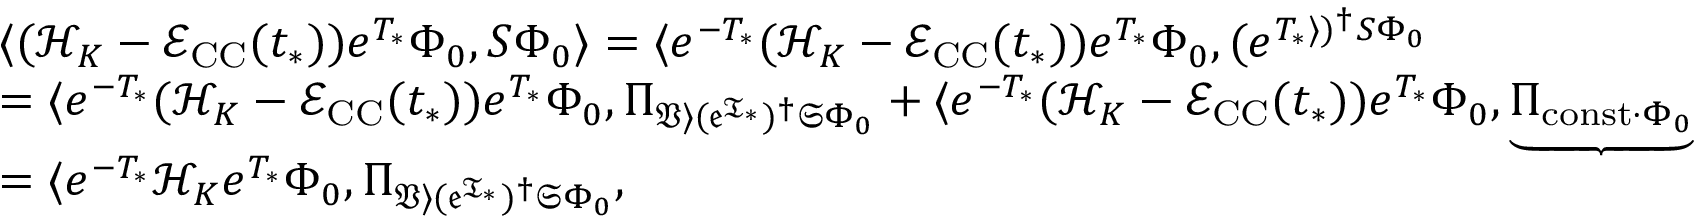
\begin{array} { r l } & { \langle ( \mathcal { H } _ { K } - \mathcal { E } _ { \mathrm { C C } } ( t _ { * } ) ) e ^ { T _ { * } } \Phi _ { 0 } , S \Phi _ { 0 } \rangle = \langle e ^ { - T _ { * } } ( \mathcal { H } _ { K } - \mathcal { E } _ { \mathrm { C C } } ( t _ { * } ) ) e ^ { T _ { * } } \Phi _ { 0 } , ( e ^ { T _ { * } \rangle ) ^ { \dag } S \Phi _ { 0 } } } \\ & { = \langle e ^ { - T _ { * } } ( \mathcal { H } _ { K } - \mathcal { E } _ { \mathrm { C C } } ( t _ { * } ) ) e ^ { T _ { * } } \Phi _ { 0 } , \Pi _ { \mathfrak { V \rangle ( e ^ { T _ { * } } ) ^ { \dag } S \Phi _ { 0 } } } + \langle e ^ { - T _ { * } } ( \mathcal { H } _ { K } - \mathcal { E } _ { \mathrm { C C } } ( t _ { * } ) ) e ^ { T _ { * } } \Phi _ { 0 } , \underbrace { \Pi _ { \mathrm { c o n s t } \cdot \Phi _ { 0 } } } } \\ & { = \langle e ^ { - T _ { * } } \mathcal { H } _ { K } e ^ { T _ { * } } \Phi _ { 0 } , \Pi _ { \mathfrak { V \rangle ( e ^ { T _ { * } } ) ^ { \dag } S \Phi _ { 0 } } } , } \end{array}